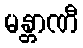
မန္တာဏီ